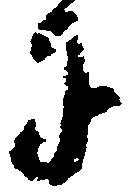
に